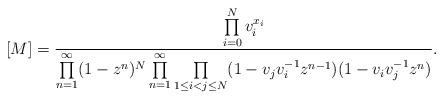
LaTeX: \begin{align*}[M] &= \frac{\prod\limits_{i=0}^N v_i^{x_i}}{ \prod\limits_{n=1}^\infty (1- z^n)^{N} \prod\limits_{n=1}^\infty \prod\limits_{1 \leq i < j \leq N} (1-v_j v_i^{-1} z^{n-1}) (1- v_i v_j^{-1} z^n)}. \end{align*}